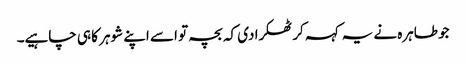
جو طاہرہ نے یہ کہہ کر ٹھکرا دی کہ بچہ تو اسے اپنے شوہر کا ہی چاہیے۔